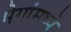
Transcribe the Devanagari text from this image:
भेगांमध्ये